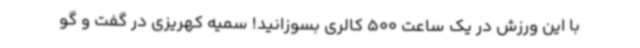
با این ورزش در یک ساعت 500 کالری بسوزانید! سمیه کهریزی در گفت و گو